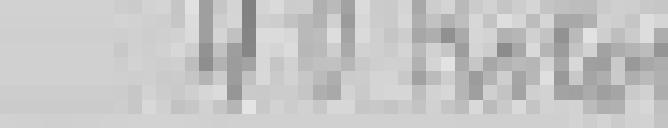
40 kilogrammes